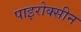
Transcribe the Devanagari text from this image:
पाइरोक्सीन